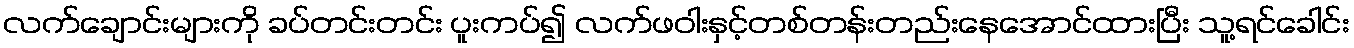
လက်ချောင်းများကို ခပ်တင်းတင်း ပူးကပ်၍ လက်ဖဝါးနှင့်တစ်တန်းတည်းနေအောင်ထားပြီး သူ့ရင်ခေါင်း